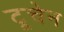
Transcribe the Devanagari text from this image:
टूचेन